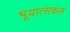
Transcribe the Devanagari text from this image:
भूयात्सकल